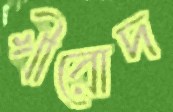
খীরোদ